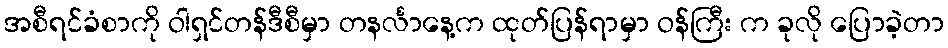
အစီရင်ခံစာကို ဝါရှင်တန်ဒီစီမှာ တနင်္လာနေ့က ထုတ်ပြန်ရာမှာ ဝန်ကြီး က ခုလို ပြောခဲ့တာ